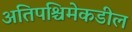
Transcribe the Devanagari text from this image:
अतिपश्चिमेकडील